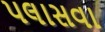
પલાસવા